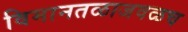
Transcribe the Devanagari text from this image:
विमानतळाजवळच